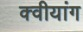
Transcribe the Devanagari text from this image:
क्वीयांग